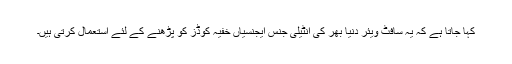
کہا جاتا ہے کہ یہ سافٹ ویئر دنیا بھر کی انٹیلی جنس ایجنسیاں خفیہ کوڈز کو پڑھنے کے لئے استعمال کرتی ہیں۔